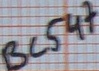
Text: BC547